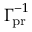
\ensuremath { \boldsymbol \Gamma _ { \! \mathrm { { p r } } } } ^ { - 1 }